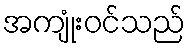
အကျုံးဝင်သည်